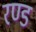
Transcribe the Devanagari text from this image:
रण्ड